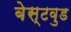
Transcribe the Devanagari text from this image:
बेस्टवुड